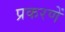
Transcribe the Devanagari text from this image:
प्रकरणें